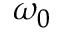
\omega _ { 0 }